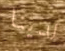
لدينا